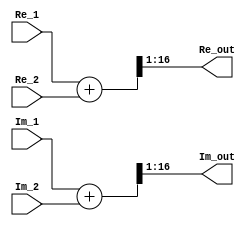
`timescale 1ns / 1ps
module complex_sum(
    input   wire    signed  [ 15 :  0 ] Re_1,
    input   wire    signed  [ 15 :  0 ] Im_1,
    input   wire    signed  [ 15 :  0 ] Re_2,
    input   wire    signed  [ 15 :  0 ] Im_2,
    output  wire    signed  [ 15 :  0 ] Re_out,
    output  wire    signed  [ 15 :  0 ] Im_out
    );

wire    signed  [ 16 :  0 ] w_Re = Re_1 + Re_2;
wire    signed  [ 16 :  0 ] w_Im = Im_1 + Im_2;

assign Re_out = w_Re[16-:16];
assign Im_out = w_Im[16-:16];

endmodule